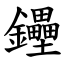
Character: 鑸